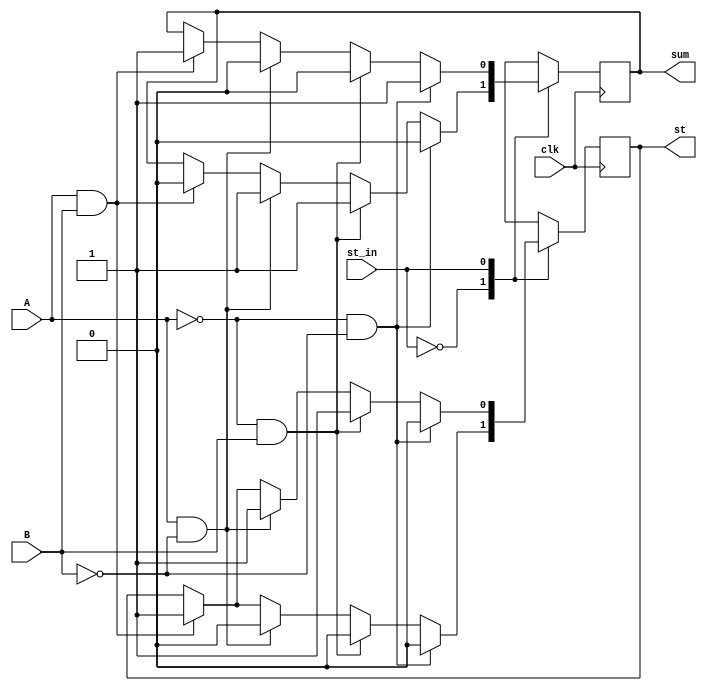
`timescale 1ns / 1ps
//////////////////////////////////////////////////////////////////////////////////
// Company: 
// Engineer: 
// 
// Design Name: 
// Module Name: serial_add
// Project Name: 
// Target Devices: 
// Tool Versions: 
// Description: 
// 
// Dependencies: 
// 
// Revision:
// Revision 0.01 - File Created
// Additional Comments:
// 
//////////////////////////////////////////////////////////////////////////////////


module serial_add(clk,A,B,st_in,sum,st);
    //Serial Adder based on the concept of Mealy Machine 

    input clk,A,B,st_in;
    output reg sum,st;
    parameter C0=0,C1=1;
    //The two states represented by C0 and C1 show the carry state of 0 and 1
            
    always @(negedge clk)       
    begin
        case(st_in)
        //Filled according to the FSM design (State transitions)
           C0:if((A==0)&(B==0))
              begin
                st = C0;
                sum = 0;
              end
              else if((A==0)&(B==1))
              begin
                st = C0;
                sum = 1;
              end
              else if((A==1)&(B==0))
              begin
                st = C0;
                sum = 1;
              end
              else if((A==1)&(B==1))
              begin
                st = C1;
                sum = 0;
              end
           C1:if((A==0)&(B==0))
              begin
                st = C0;
                sum = 1;
              end
              else if((A==0)&(B==1))
              begin
                st = C1;
                sum = 0;
              end
              else if((A==1)&(B==0))
              begin
                st = C1;
                sum = 0;
              end
              else if((A==1)&(B==1))
              begin
                st = C1;
                sum = 1;
              end
        endcase      
    end
endmodule